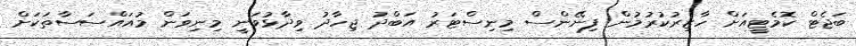
ބަޖެޓް ކޮމެޓީއަށް ހާޒިރުކުރުމުން ފިނޭންސް މިނިސްޓަރު އަބްދު ޖިހާދު ވިދާޅުވަނީ މިނިވަން މުއައްސަސާތަކަށް